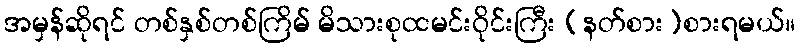
အမှန်ဆိုရင် တစ်နှစ်တစ်ကြိမ် မိသားစုထမင်းဝိုင်းကြီး (နတ်စား)စားရမယ်။